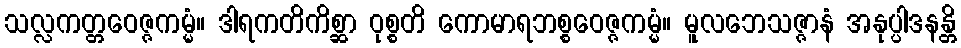
သလ္လကတ္တဝေဇ္ဇကမ္မံ။ ဒါရကတိကိစ္ဆာ ဝုစ္စတိ ကောမာရဘစ္စဝေဇ္ဇကမ္မံ။ မူလဘေသဇ္ဇာနံ အနုပ္ပါဒနန္တိ